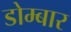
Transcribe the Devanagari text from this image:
डोम्बार